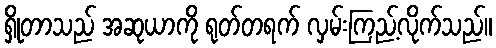
ရှိုတာသည် အဆုယာကို ရုတ်တရက် လှမ်းကြည့်လိုက်သည်။